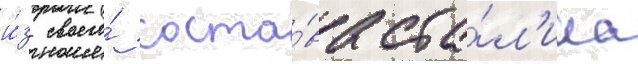
и́з своего́ соста́ва ста́л'ина